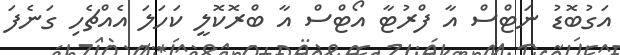
އަގުބޮޑު ނަޓްސް އާ ފްރުޓާ އޯޓްސް އާ ބްރޮކޮލީ ކަހަލަ އެއްޗެހި ގަނެފަ